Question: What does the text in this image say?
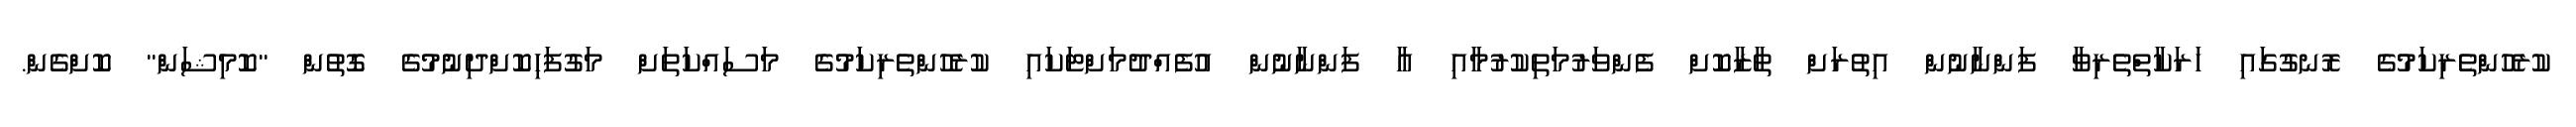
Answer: ކުރެހުންތެރިކަމުގެ ރޮނގުގައި ހަރަކާތްތެރިވާ ފަންނާނުން އިތުރަށް ތާޒާކޮށް ފެންވަރުމަތިކުރުމާއި އާ ފަންނާނުން އުފެއްދުމަށްޓަކައި ކުރެހުންތެރިކަމުގެ މަސައްކަތަށް މަގުފަހިކޮށްދިނުމުގެ ގޮތުން "ކޮމިޝަން" ކޮށްގެން.